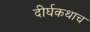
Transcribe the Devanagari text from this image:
दीर्घकथाच